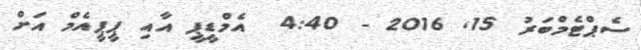
ސެޕްޓެމްބަރު 15